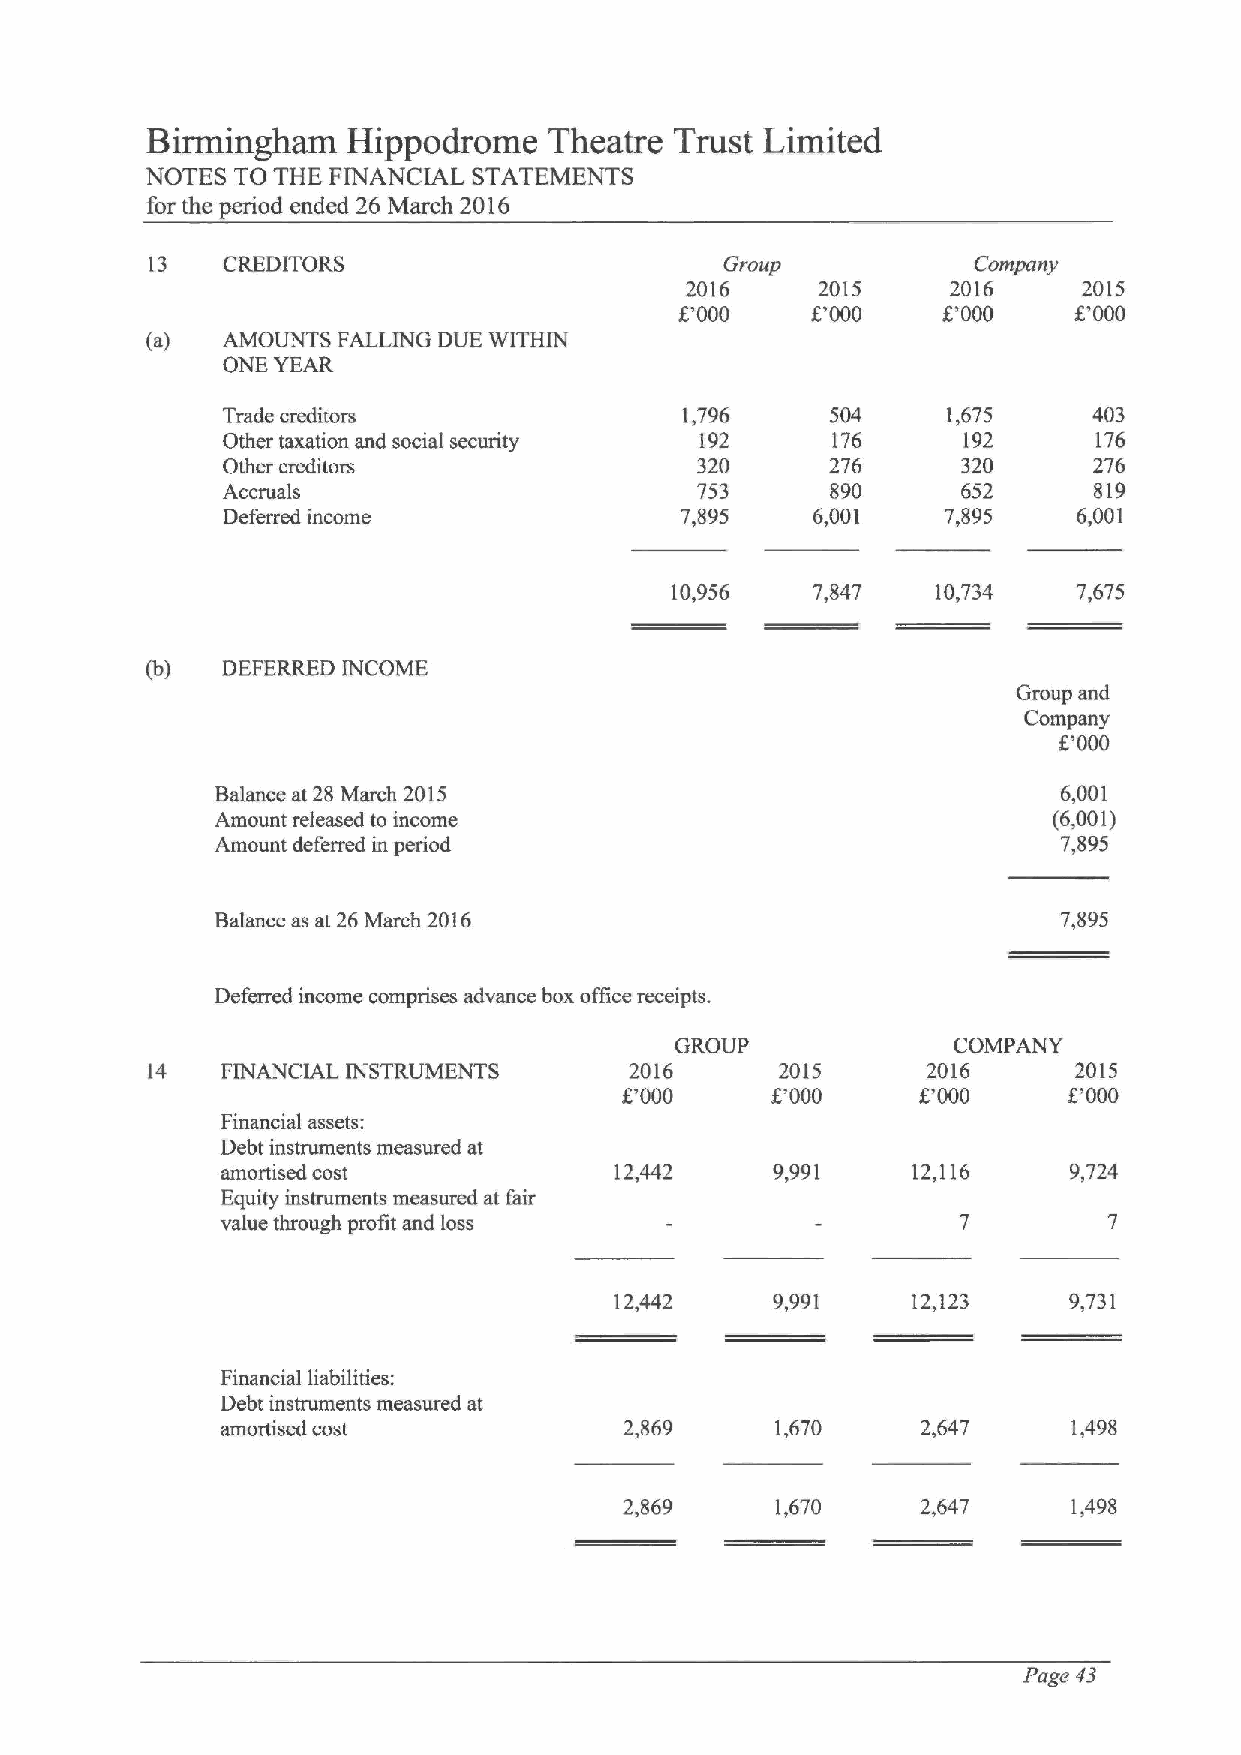
Birmingham   Hippodrome   Theatre  Trust Limited
 NOTES To THE FINANCIAL STATEMENTS
 for the period ended 26 March 2016
 13   CREDITORS                        Group            Company
 2016     2015     2016     2015
 f.'000   8'000   f.'000   f.'000
 (a)  AMOUNTS FALLING DUE WITHIN
 ONE YEAR
 Trade creditors               1,796     504     1,675    403
 Other taxation and social security 192  176      192     176
 Other creditors                320      276      320     276
 Accruals                       753      890      652     819
 Deferred income               7,895    6,001    7,895   6,001
 10,956    7,847   10,734   7,675
 (b)  DEFERRED INCOME
 Group and
 Company
 8000
 Balance at 28 March 2015                                6,001
 Amount released to income                               (6,001)
 Amount deferred in period                               7,895
 Balance as at 26 March 2016                             7,895
 Deferred income comprises advance box office receipts.
 GROUP             COMPANY
 14   FINANCIAL INSTRUMENTS      2016      2015     2016      2015
 8000      f.'000    E'000     8'000
 Financial assets:
 Debt instruments measured at
 amottlsed cost            12,442    9,991    12,116     9,724
 Equity instruments measured at fair
 value through pmfit and loss
 12,442    9,991    12,123     9,731
 Financial liabilities:
 Debt instruments measured at
 amortised cost            2,869     1,670     2,647     1,498
 2,869     1,670     2,647     1,498
 Page 43